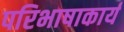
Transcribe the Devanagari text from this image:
परिभाषाकार्य